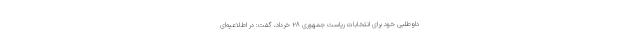
داوطلبی خود برای انتخابات ریاست جمهوری ۲۸ خرداد، گفت: در اطلاعیه‌ای